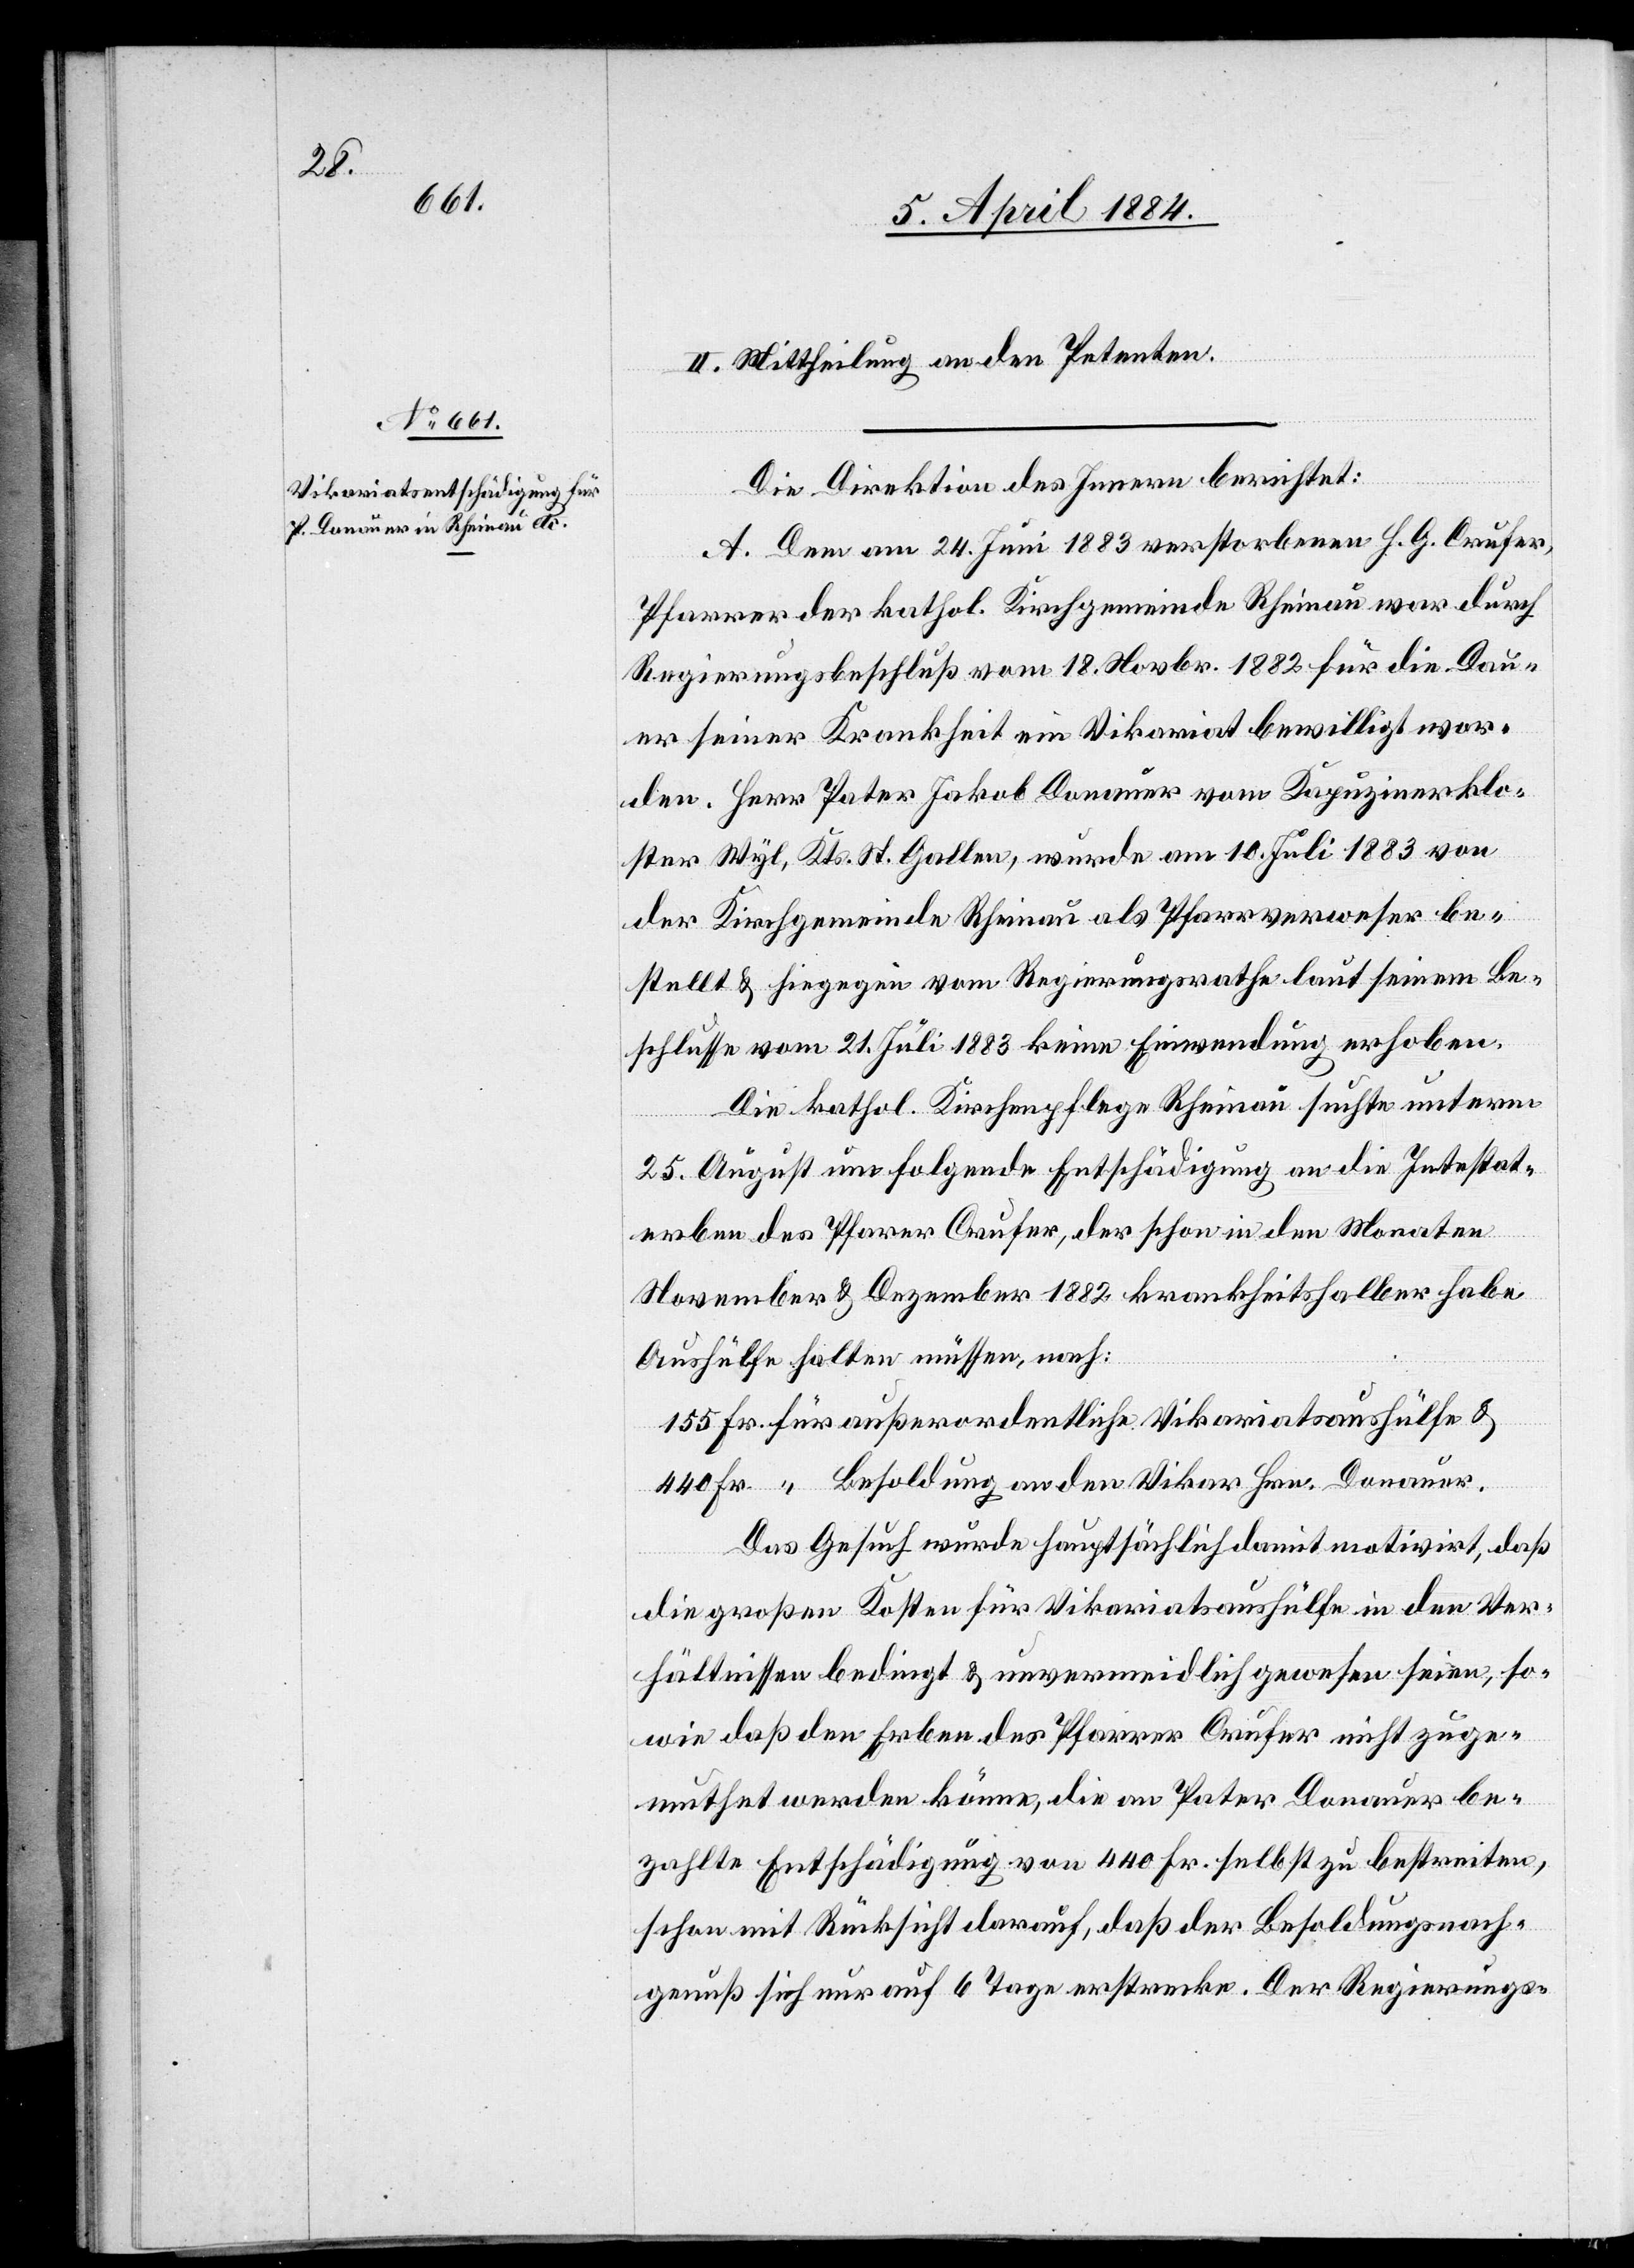
II. Mittheilung an den Petenten.